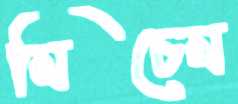
মিচেম